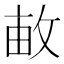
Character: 𢽒